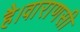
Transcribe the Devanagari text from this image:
है।वाराणसी